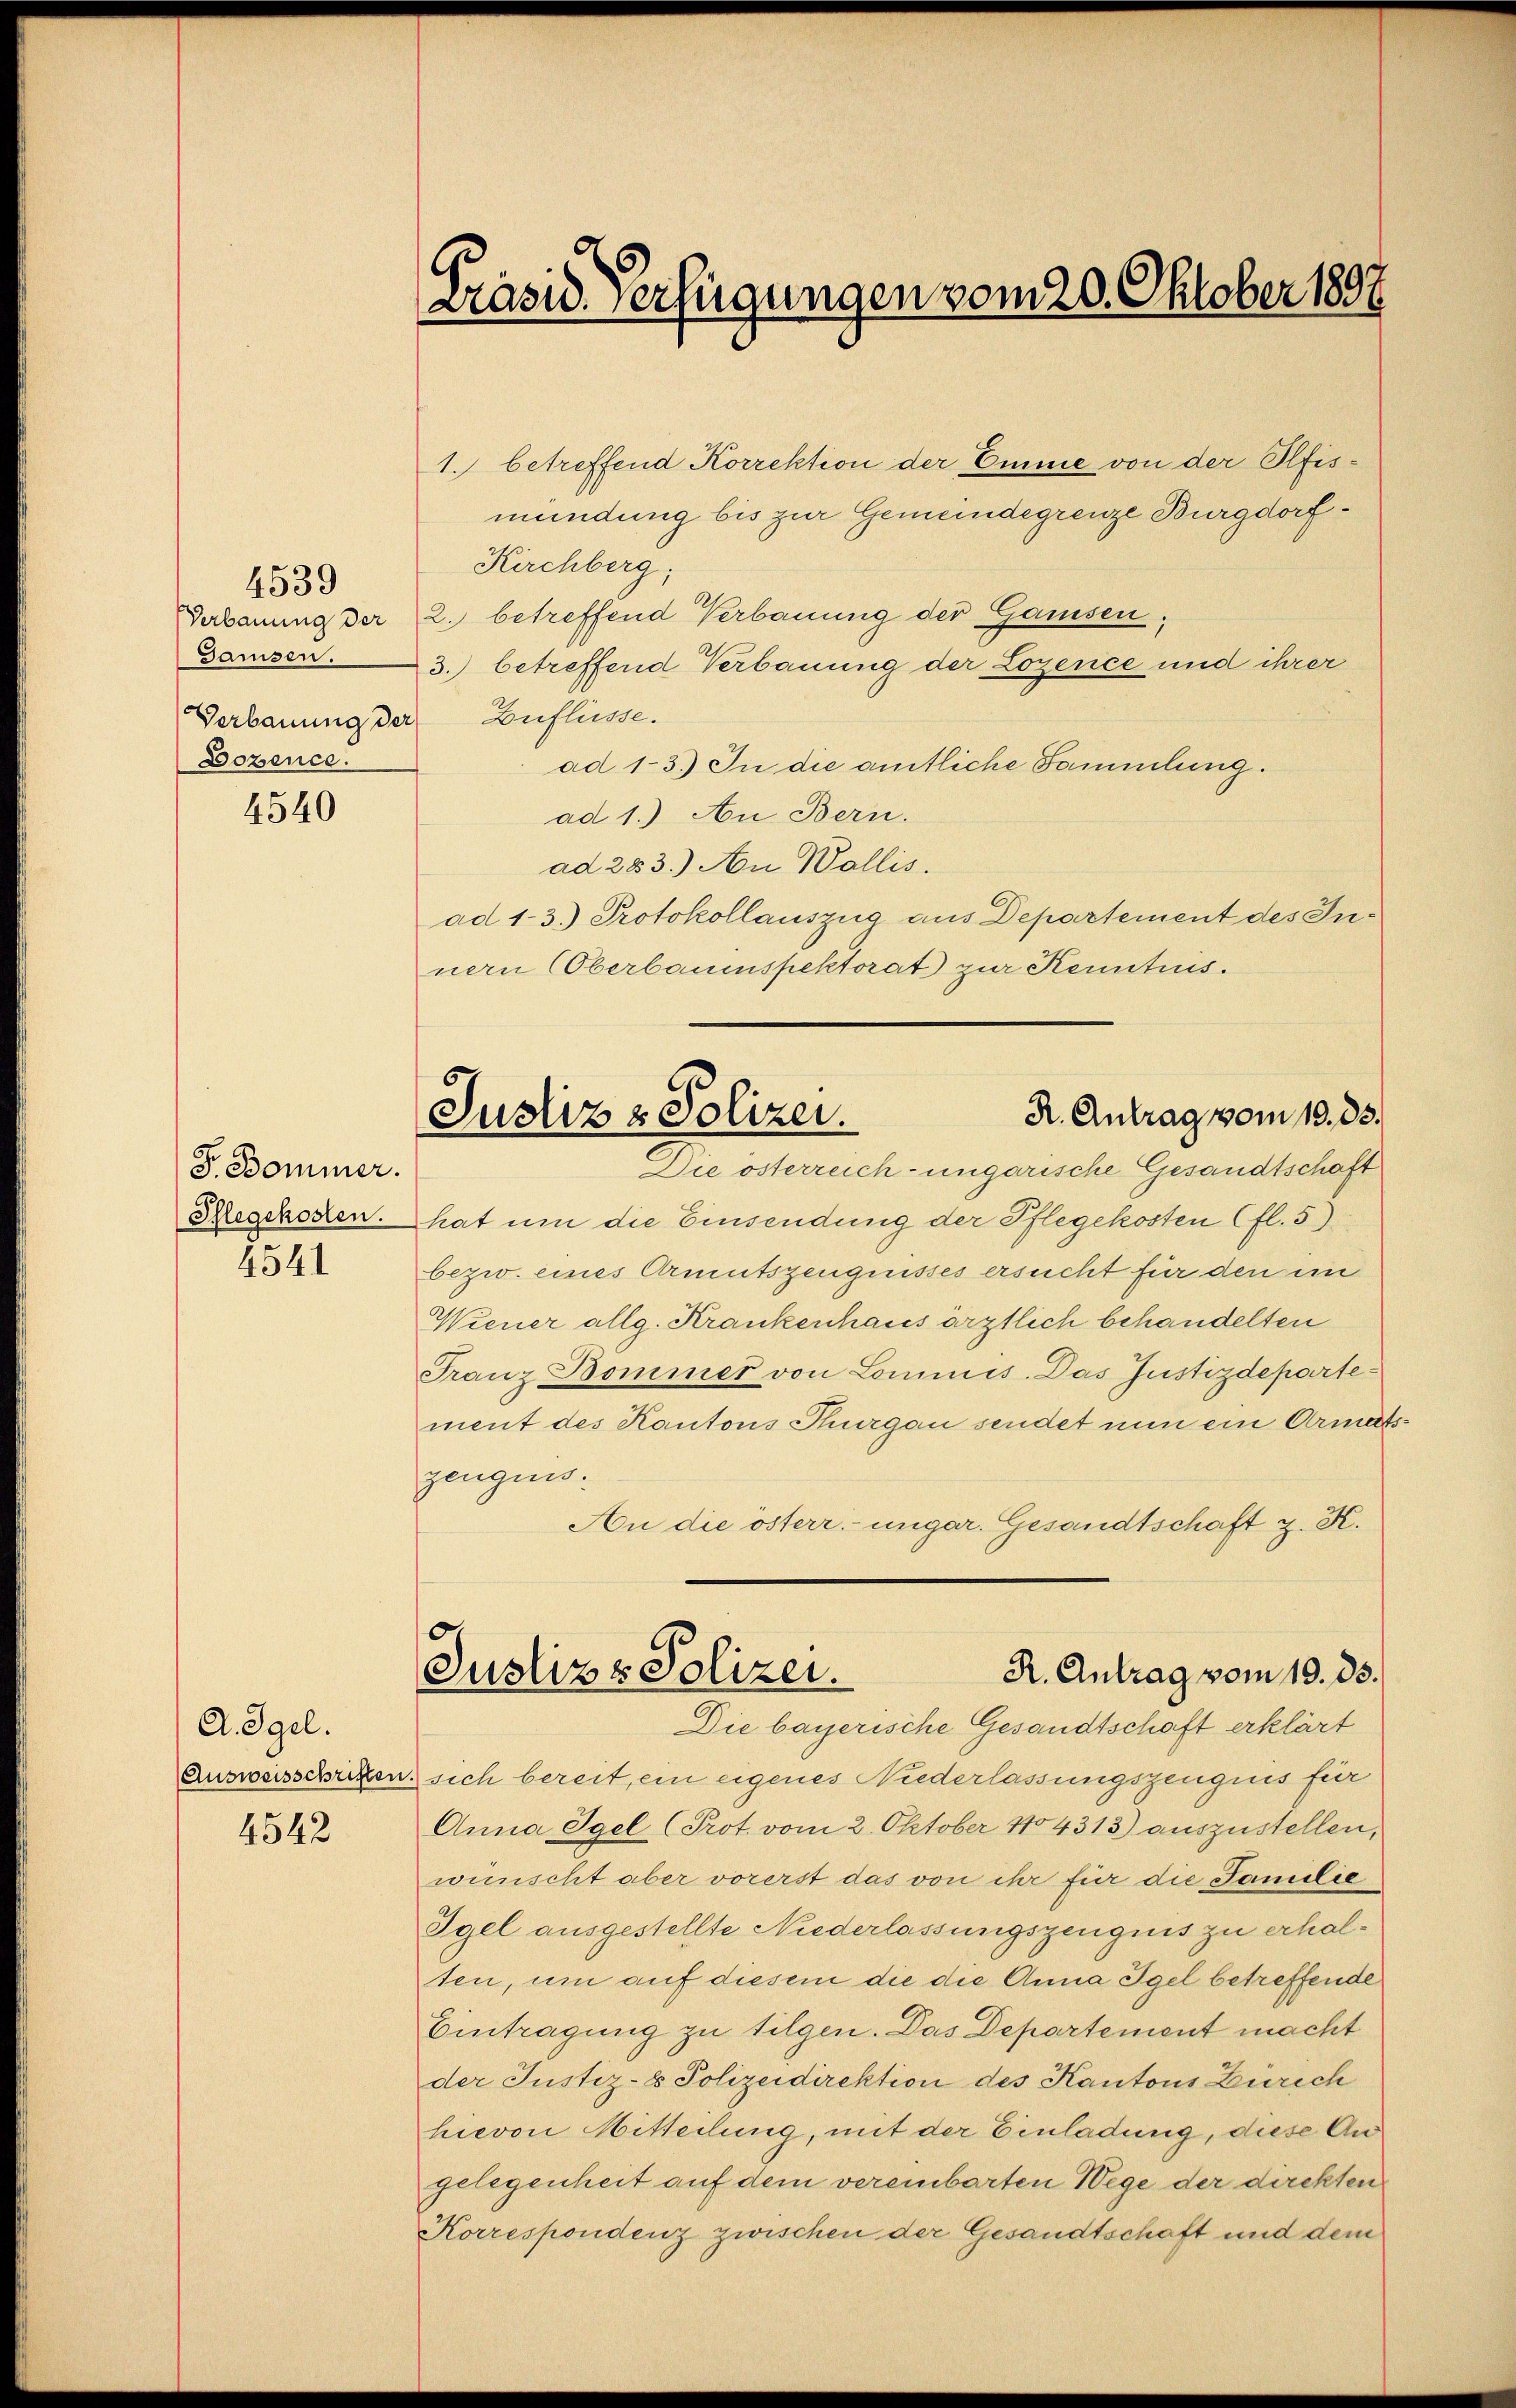
4539
Gamsen.
Verbauung der Zuflüsse.
Bozence.

4540

F. Bommer.
Pflegekosten.
4541

A. Egel.
Ausweisschriften
4542

Präsid. Verfügungen vom 20. Oktober 1807

R. Antrag vom 19. 83.
Justiz & Polizei.
Die österreich- ungarische Gesandtschaft

1. betreffend Korrektion der Eine von der Pfismündung bis zur Gemeindegrenze Burgdorf¬
Kirchberg,
Verbauung der 2. betreffend Verbauung der Gamssen;
3. betreffend Verbauung der Logence und ihrer
ad 1-3.) In die amtliche Sammlung.
ad 1.) An Bern.
ad 283.) An Wallis.
ad 1-3.) Protokollauszug aus Departement des Innern (Oberbauinspektorat zur Kenntnis.
hat um die Einsendung der Pflegekosten (fl. 5)
bezw. eines Armutszeugnisses ersucht für den ein
Wiener allg. Krankenhaus ärztlich behandelten
Franz Bommer von Lommis. Das Justizdepartement des Kantons Thurgau sendet nun ein Armet
zeugnis.
An die österr. ungar. Gesandtschaft z. K.
R. Antrag vom 19. ds.
Justiz & Polizei.
Die bayerische Gesandtschaft erklärt
sich bereit, ein eigenes Niederlassungszeugnis für
Anna Igel (Prot. vom 2. Oktober 1804313) auszustellen,
wünscht aber vorerst das von ihr für die Familie
Igel ausgestellte Niederlassungszeugnis zu erhalten, um auf diesem die die Anna Igel betreffende
Eintragung zu tilgen. Das Departement macht
der Justiz- & Polizeidirektion des Kantons Zürich
hievon Mitteilung, mit der Einladung, diese Au
gelegenheit auf dem vereinbarten Wege der direkten
Korrespondenz zwischen der Gesandtschaft und dem